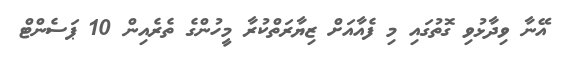
އޭނާ ވިދާޅުވި ގޮތުގައި މި ފެެއާއަށް ޒިޔާރަތްކުރާ މީހުންގެ ތެރެއިން 10 ޕަސެންޓް